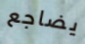
يضاجع